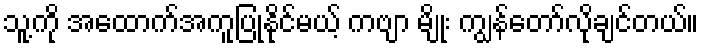
သူ့ကို အထောက်အကူပြုနိုင်မယ့် ကဗျာ မျိုး ကျွန်တော်လိုချင်တယ်။